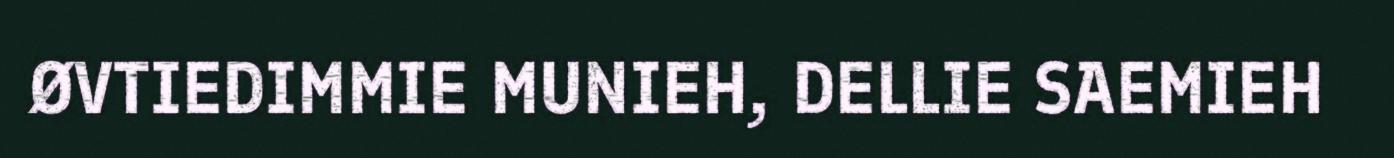
ØVTIEDIMMIE MUNIEH, DELLIE SAEMIEH